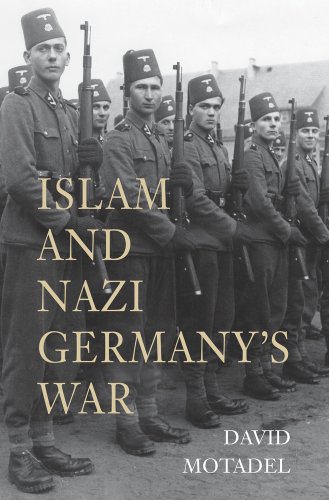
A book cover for Islam and Nazi Germany's War; David Motadel; History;